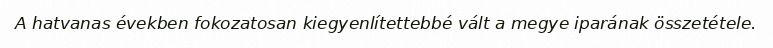
A hatvanas években fokozatosan kiegyenlítettebbé vált a megye iparának összetétele.